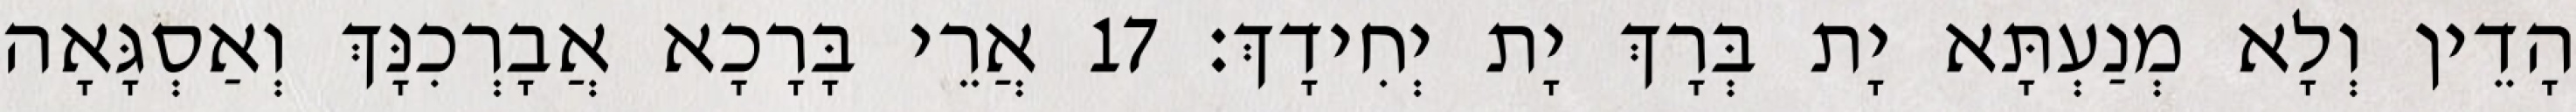
הָדֵין וְלָא מְנַעְתָּא יָת בְּרָךְ יָת יְחִידָךְ׃ 17 אֲרֵי בָּרָכָא אֲבָרְכִנָּךְ וְאַסְגָּאָה